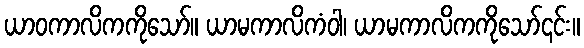
ယာဝကာလိကကိုသော်။ ယာမကာလိကံဝါ၊ ယာမကာလိကကိုသော်၎င်း။